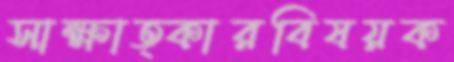
সাক্ষাত্কারবিষয়ক